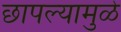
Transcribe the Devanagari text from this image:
छापल्यामुळे